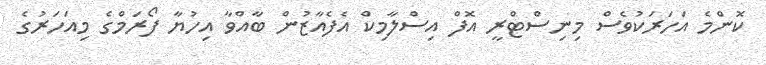
ކޮންމެ އަހަރަކުވެސް މިނިސްޓްރީ އޮފް އިސްލާމިކް އެފެއާޒުން ބާއްވާ އިހުޔާ ފޯރަމްގެ މިއަހަރުގެ